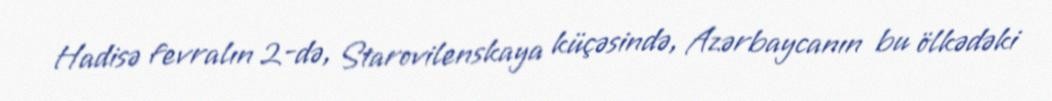
Hadisə fevralın 2-də, Starovilenskaya küçəsində, Azərbaycanın bu ölkədəki